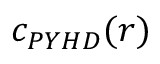
c _ { P Y H D } ( r )